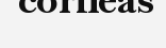
corneas